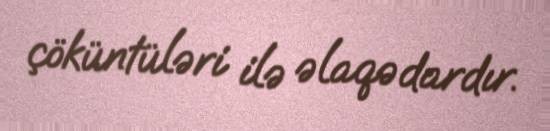
çöküntüləri ilə əlaqədardır.